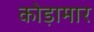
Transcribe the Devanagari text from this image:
कोड़ामार